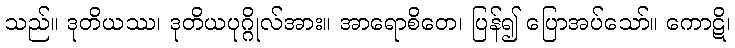
သည်။ ဒုတိယဿ၊ ဒုတိယပုဂ္ဂိုလ်အား။ အာရောစိတေ၊ ပြန်၍ ပြောအပ်သော်။ ကောဋိ၊